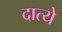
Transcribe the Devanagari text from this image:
दात्ये